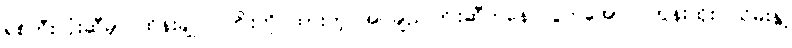
ရစ်ဘီးလုံးဆီမှာ ထိန်းချုပ် ကြိုးကိုင်ထားတဲ့ အပ်ချည်ကြိုးဆီကနေ လွတ်အောင် တွန်းထိုး၊ ယိမ်းနွဲ့၊